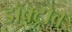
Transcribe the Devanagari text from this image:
डॉक्ट्रोव